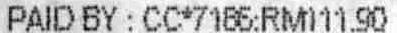
PAID BY : CC*7185:RM111.90